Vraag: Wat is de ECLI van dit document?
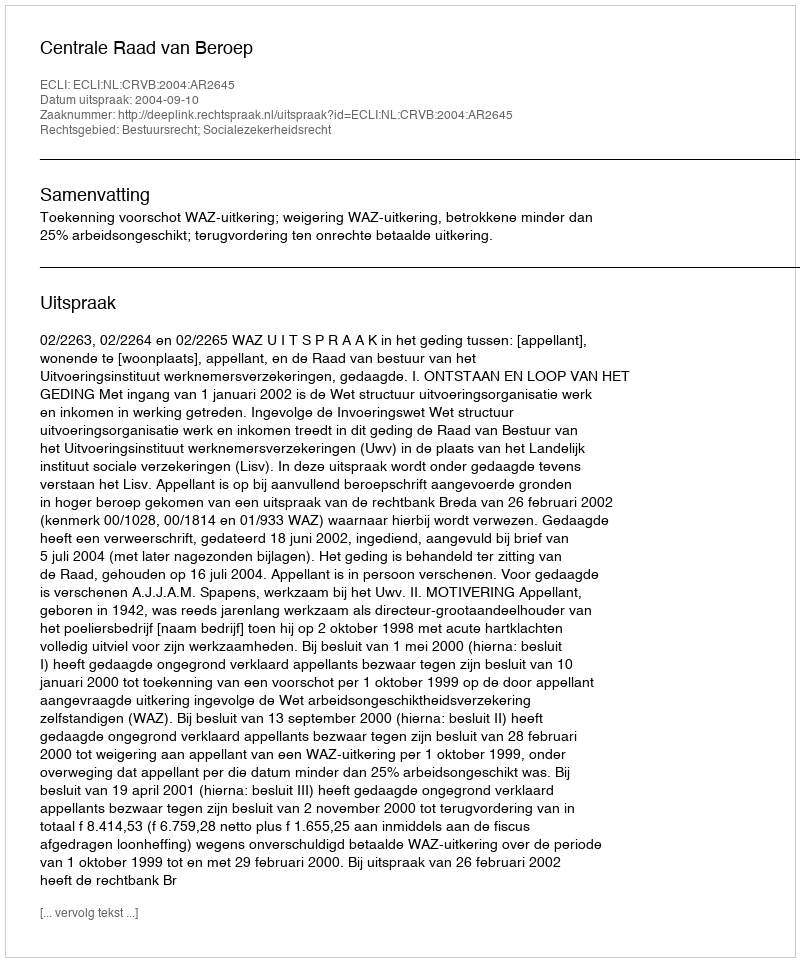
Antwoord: ECLI:NL:CRVB:2004:AR2645